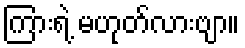
ကြားရဲ့ မဟုတ်လားဗျာ။